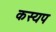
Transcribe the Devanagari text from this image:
कस्यप